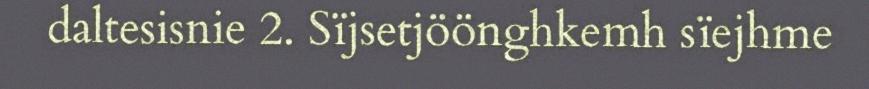
daltesisnie 2. Sïjsetjöönghkemh sïejhme